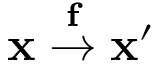
\mathbf { x } \stackrel { \mathbf { f } } { \to } \mathbf { x } ^ { \prime }